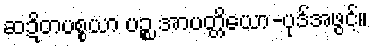
ဆဍိတပစ္စယာ ပဉ္စ အာပတ္တိယော-ပုဒ်အဖွင့်။